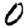
Digit: 0